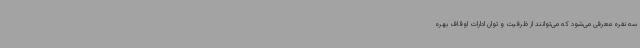
سه نفره معرفی می‌شود که می‌توانند از ظرفیت و توان ادارات اوقاف بهره